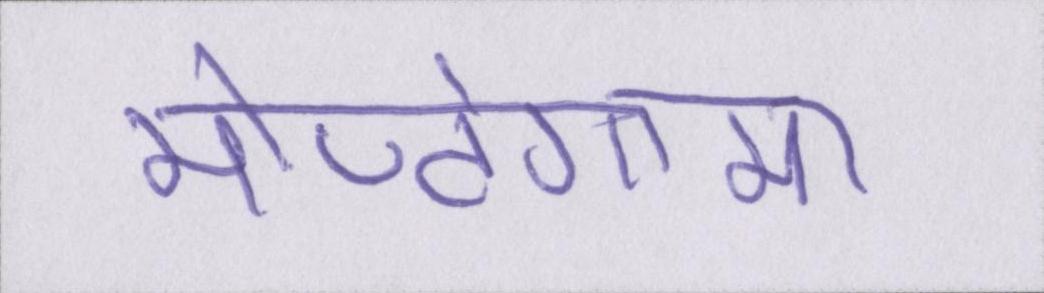
मोण्टेगामा